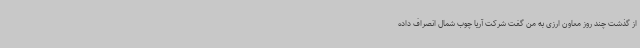
از گذشت چند روز معاون ارزی به من گفت شرکت آریا چوب شمال انصراف داده